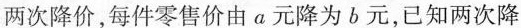
两次降价，每件零售价由a元降为b元，已知两次降